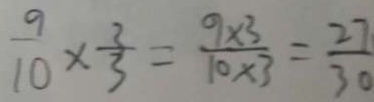
\frac { 9 } { 1 0 } \times \frac { 2 } { 3 } = \frac { 9 \times 3 } { 1 0 \times 3 } = \frac { 2 7 } { 3 0 }